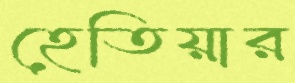
হেতিয়ার